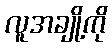
လူအချို့ကို